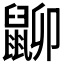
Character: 𪕋